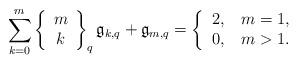
LaTeX: \begin{align*}{\displaystyle\sum\limits_{k=0}^{m}}\left\{\begin{array}[c]{c}m\\k\end{array}\right\} _{q}\mathfrak{g}_{k,q}+\mathfrak{g}_{m,q}=\left\{\begin{tabular}[c]{ll}$2,$ & $m=1,$\\$0,$ & $m>1.$\end{tabular}\ \ \ \ \ \ \ \ \ \ \right. \end{align*}